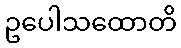
ဥပေါသထောတိ